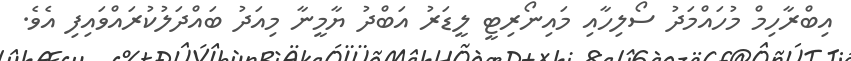
އިބްރާހިމް މުހައްމަދު ސޯލިހާއި މައިނޯރިޓީ ލީޑަރު އަބްދު ޔާމީނާ މިއަދު ބައްދަލުކުރައްވައިފި އެވެ.